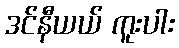
ဒင်နီယယ် ကူးပါး